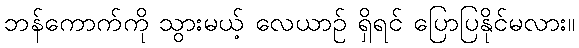
ဘန်ကောက်ကို သွားမယ့် လေယာဉ် ရှိရင် ပြောပြနိုင်မလား။